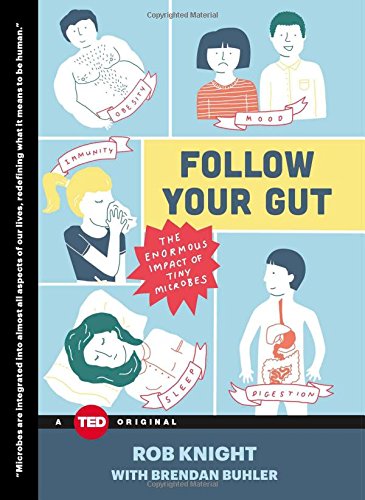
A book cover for Follow Your Gut: The Enormous Impact of Tiny Microbes (TED Books); Rob Knight; Science & Math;